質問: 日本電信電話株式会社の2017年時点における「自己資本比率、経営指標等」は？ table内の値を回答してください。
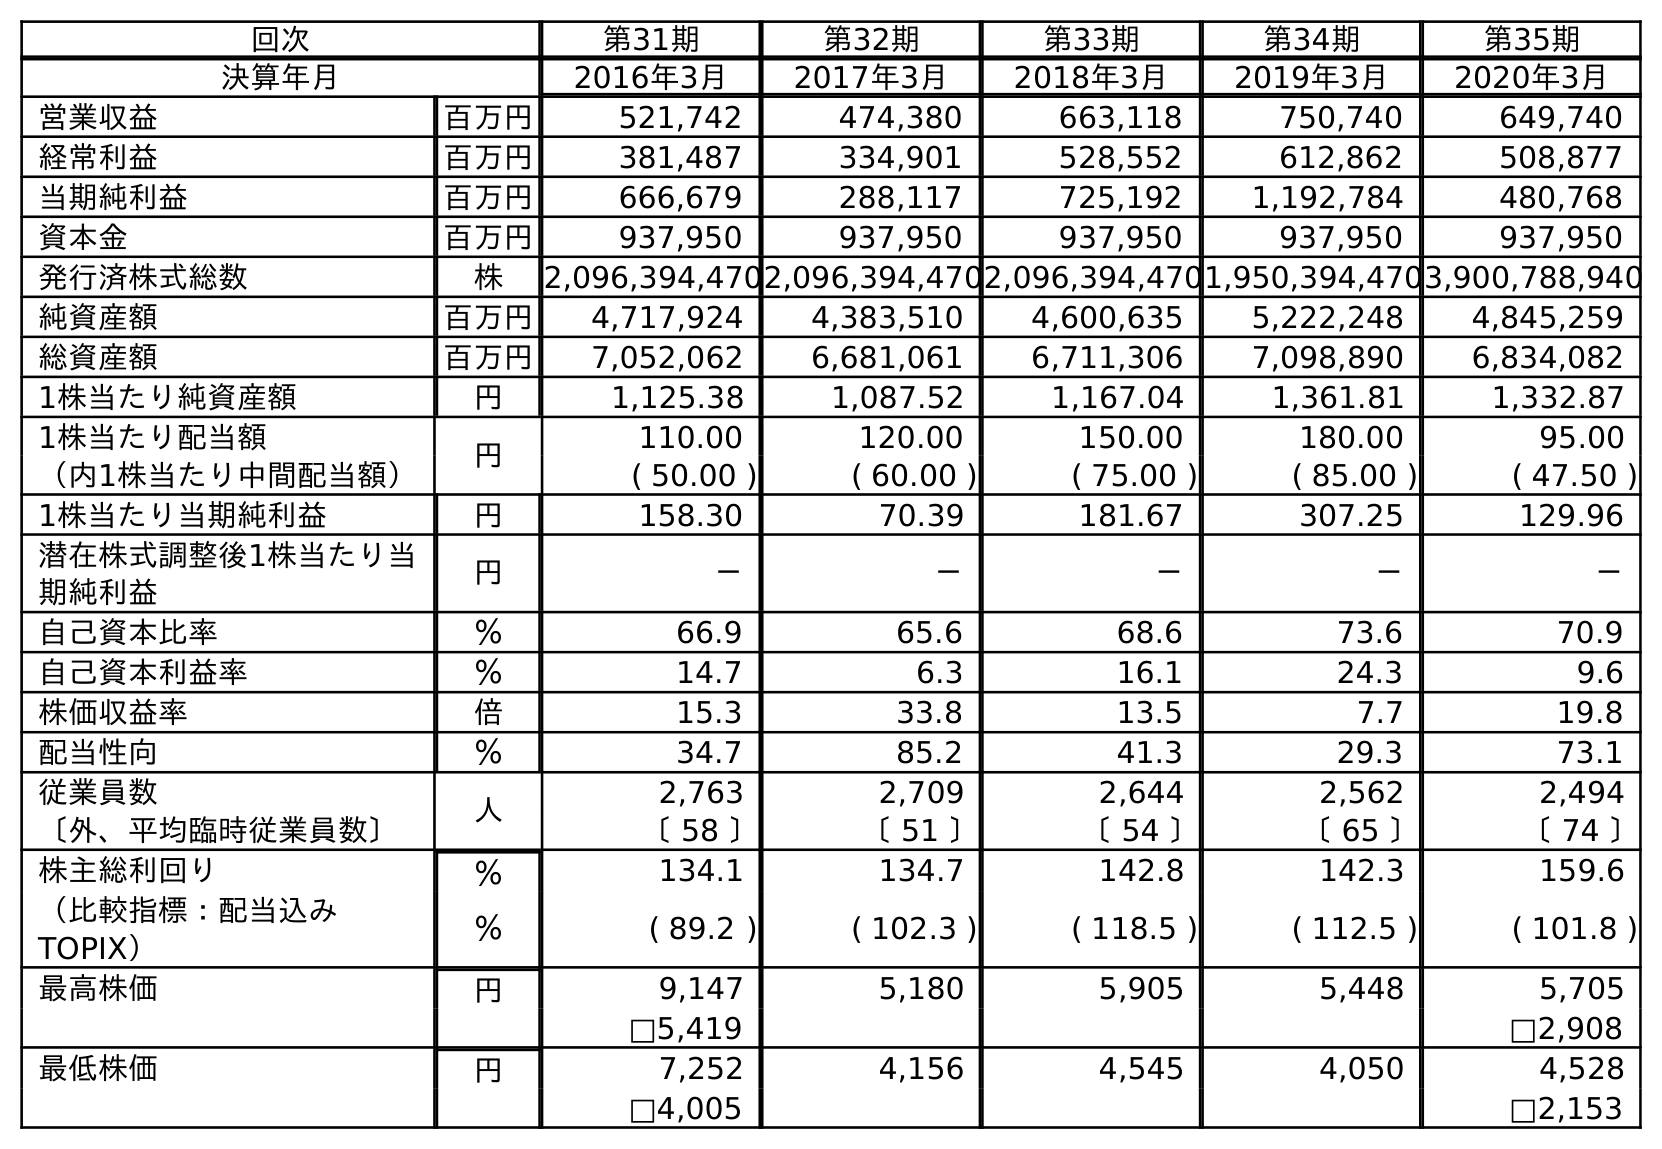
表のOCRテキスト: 回次 第31期 第32期 第33期 第34期 第35期 決算年月 2016年3月 2017年3月 2018年3月 2019年3月 2020年3月 営業収益 百万円 521,742 474,380 663,118 750,740 649,740 経常利益 百万円 381,487 334,901 528,552 612,862 508,877 当期純利益 百万円 666,679 288,117 725,192 1,192,784 480,768 資本金 百万円 937,950 937,950 937,950 937,950 937,950 発行済株式総数 株 2,096,394,4702,096,394,4702,096,394,4701,950,394,4703,900,788,940 純資産額 百万円 4,717,924 4,383,510 4,600,635 5,222,248 4,845,259 総資産額 百万円 7,052,062 6,681,061 6,711,306 7,098,890 6,834,082 1株当たり純資産額 円 1,125.38 1,087.52 1,167.04 1,361.81 1,332.87 1株当たり配当額 円 110.00 120.00 150.00 180.00 95.00 （内1株当たり中間配当額） ( 50.00 ) ( 60.00 ) ( 75.00 ) ( 85.00 ) ( 47.50 ) 1株当たり当期純利益 円 158.30 70.39 181.67 307.25 129.96 潜在株式調整後1株当たり当 期純利益 円 － － － － － 自己資本比率 ％ 66.9 65.6 68.6 73.6 70.9 自己資本利益率 ％ 14.7 6.3 16.1 24.3 9.6 株価収益率 倍 15.3 33.8 13.5 7.7 19.8 配当性向 ％ 34.7 85.2 41.3 29.3 73.1 従業員数 人 2,763 2,709 2,644 2,562 2,494 〔外、平均臨時従業員数〕 〔 58 〕 〔 51 〕 〔 54 〕 〔 65 〕 〔 74 〕 株主総利回り ％ 134.1 134.7 142.8 142.3 159.6 （比較指標：配当込み TOPIX） ％ ( 89.2 ) ( 102.3 ) ( 118.5 ) ( 112.5 ) ( 101.8 ) 最高株価 円 9,147 5,180 5,905 5,448 5,705 □5,419 □2,908 最低株価 円 7,252 4,156 4,545 4,050 4,528 □4,005 □2,153
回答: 65.6